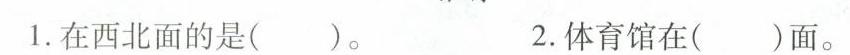
1.在西北面的是（ ）。 2.体育馆在（ ）面。